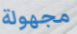
مجهولة